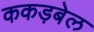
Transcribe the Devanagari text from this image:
ककड़बेल